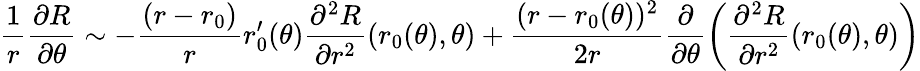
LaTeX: \frac{1}{r}\frac{\partial R}{\partial\theta}\sim-\frac{(r-r_{0})}{r}r_{0}^{\prime}(\theta)\frac{\partial^{2}R}{\partial r^{2}}(r_{0}(\theta),\theta)+\frac{(r-r_{0}(\theta))^{2}}{2r}\frac{\partial}{\partial\theta}\left(\frac{\partial^{2}R}{\partial r^{2}}(r_{0}(\theta),\theta)\right)